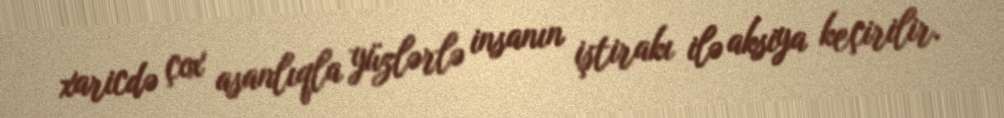
xaricdə çox asanlıqla yüzlərlə insanın iştirakı ilə aksiya keçirilir.